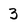
Character: 3